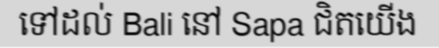
ទៅដល់ Bali នៅ Sapa ជិតយើង